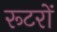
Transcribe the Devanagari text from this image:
रूटरों